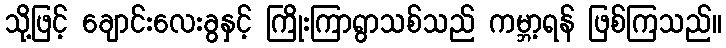
သို့ဖြင့် ချောင်းလေးခွနှင့် ကြိုးကြာရွာသစ်သည် ကမ္ဘာ့ရန် ဖြစ်ကြသည်။